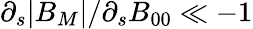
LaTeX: \partial_{s}|B_{M}|/\partial_{s}B_{00}\ll-1